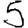
Digit: 5